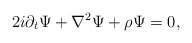
\begin{align*}2i\partial _t\Psi + \nabla^{2}\Psi + {\rho }\Psi = 0,\end{align*}